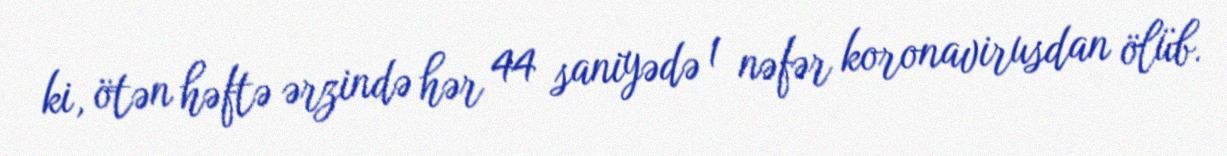
ki, ötən həftə ərzində hər 44 saniyədə 1 nəfər koronavirusdan ölüb.